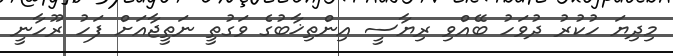
މިދިޔަ ހުކުރު ދުވަހު ބޭއްވި ރިޔާސީ އިންތިޚާބުގެ ވަގުތީ ނަތީޖާއަށް ފަހު ރޫހާނީ